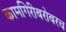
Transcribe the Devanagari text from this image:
कामगिरीबरोबरच